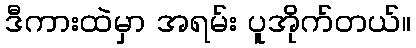
ဒီကားထဲမှာ အရမ်း ပူအိုက်တယ်။